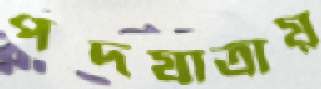
পদযাত্রায়